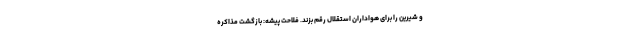
و شیرین را برای هواداران استقلال رقم بزند. فلاحت پیشه: بازگشت مذاکره